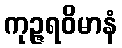
ကုဉ္ဇရဝိမာနံ